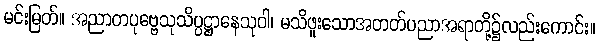
မင်းမြတ်။ အညာတပုဗ္ဗေသုသိပ္ပဋ္ဌာနေသုဝါ၊ မသိဖူးသောအတတ်ပညာအရာတို့၌လည်းကောင်း။